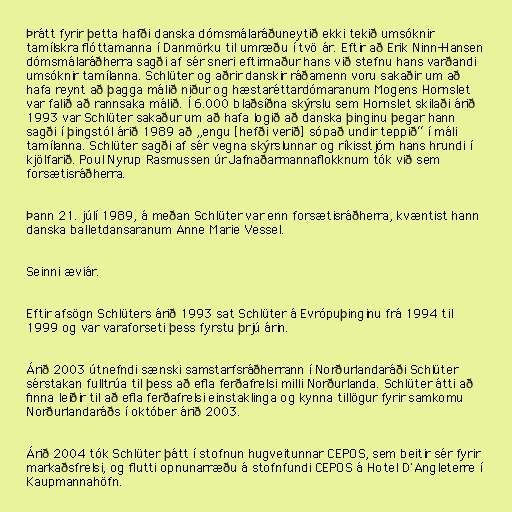
Þrátt fyrir þetta hafði danska dómsmálaráðuneytið ekki tekið umsóknir
tamílskra flóttamanna í Danmörku til umræðu í tvö ár. Eftir að Erik Ninn-Hansen
dómsmálaráðherra sagði af sér sneri eftirmaður hans við stefnu hans varðandi
umsóknir tamílanna. Schlüter og aðrir danskir ráðamenn voru sakaðir um að
hafa reynt að þagga málið niður og hæstaréttardómaranum Mogens Hornslet
var falið að rannsaka málið. Í 6.000 blaðsíðna skýrslu sem Hornslet skilaði árið
1993 var Schlüter sakaður um að hafa logið að danska þinginu þegar hann
sagði í þingstól árið 1989 að „engu [hefði verið] sópað undir teppið“ í máli
tamílanna. Schlüter sagði af sér vegna skýrslunnar og ríkisstjórn hans hrundi í
kjölfarið. Poul Nyrup Rasmussen úr Jafnaðarmannaflokknum tók við sem
forsætisráðherra.

Þann 21. júlí 1989, á meðan Schlüter var enn forsætisráðherra, kvæntist hann
danska balletdansaranum Anne Marie Vessel.

Seinni æviár.

Eftir afsögn Schlüters árið 1993 sat Schlüter á Evrópuþinginu frá 1994 til
1999 og var varaforseti þess fyrstu þrjú árin.

Árið 2003 útnefndi sænski samstarfsráðherrann í Norðurlandaráði Schlüter
sérstakan fulltrúa til þess að efla ferðafrelsi milli Norðurlanda. Schlüter átti að
finna leiðir til að efla ferðafrelsi einstaklinga og kynna tillögur fyrir samkomu
Norðurlandaráðs í október árið 2003.

Árið 2004 tók Schlüter þátt í stofnun hugveitunnar CEPOS, sem beitir sér fyrir
markaðsfrelsi, og flutti opnunarræðu á stofnfundi CEPOS á Hotel D'Angleterre í
Kaupmannahöfn.